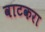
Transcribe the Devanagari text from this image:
वाटकरा